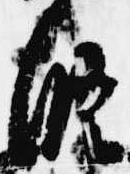
条